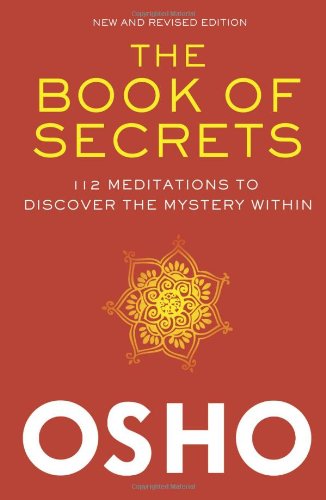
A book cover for The Book of Secrets: 112 Meditations to Discover the Mystery Within; Osho; Politics & Social Sciences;